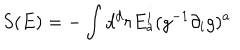
S ( E ) = - \int d ^ { d } r E _ { a } ^ { i } ( g ^ { - 1 } \partial _ { i } g ) ^ { a }